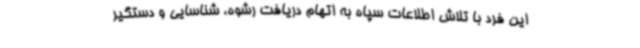
این فرد با تلاش اطلاعات سپاه به اتهام دریافت رشوه، شناسایی و دستگیر